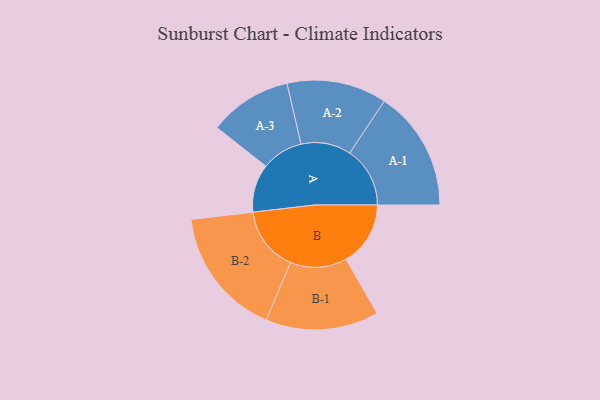
{"axis": {"x": "Segment", "y": "Value"}, "legend": ["", "A", "B"], "data": [{"x": "A", "y": 220, "type": ""}, {"x": "B", "y": 295, "type": ""}, {"x": "A-1", "y": 276, "type": "A"}, {"x": "A-2", "y": 229, "type": "A"}, {"x": "A-3", "y": 190, "type": "A"}, {"x": "B-1", "y": 259, "type": "B"}, {"x": "B-2", "y": 296, "type": "B"}]}